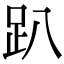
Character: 趴